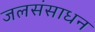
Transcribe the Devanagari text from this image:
जलसंसाधन